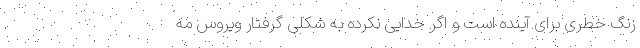
زنگ خطری برای آینده است و اگر خدایی نکرده به شکلی گرفتار ویروس مه